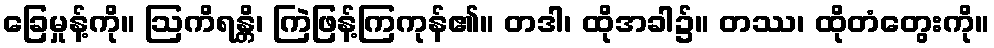
ခြေမှုန့်ကို။ ဩကိရန္တိ၊ ကြဲဖြန့်ကြကုန်၏။ တဒါ၊ ထိုအခါ၌။ တဿ၊ ထိုတံတွေးကို။